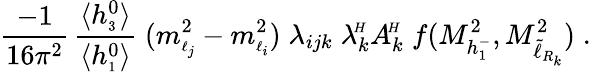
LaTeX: \frac{-1}{16\pi^{2}}\, \frac{\langle h_{\scriptscriptstyle 3}^{0}\rangle}{\langle h_{\scriptscriptstyle 1}^{0}\rangle}\; (m_{\scriptscriptstyle\ell_{j}}^{2}-m_{\scriptscriptstyle\ell_{i}}^{2})\; \lambda_{ijk}\; \lambda_{k}^{\! \scriptscriptstyle H}A_{k}^{\! \scriptscriptstyle H}\; f(M_{h_{\scriptscriptstyle 1}^{\mathrm{-}}}^{2},M_{\tilde{\ell}_{R_{k}}}^{2})\; .